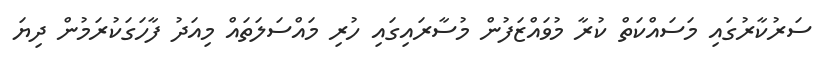
ސަރުކާރުގައި މަސައްކަތް ކުރާ މުވައްޒަފުން މުސާރައިގައި ހުރި މައްސަލަތައް މިއަދު ފާހަގަކުރަމުން ދިޔަ